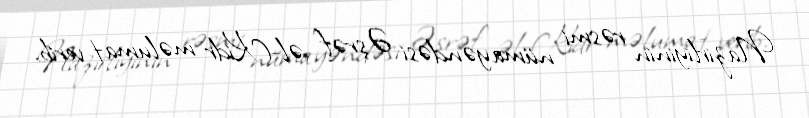
Nazirliyinin rəsmi nümayəndəsi Əşrəf əl-Kidr məlumat verib.